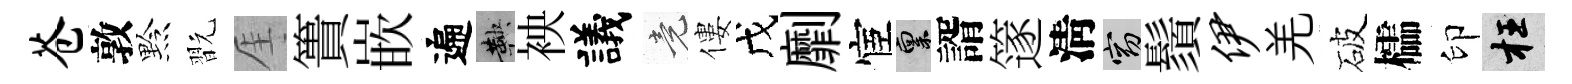
苍敦黔翫厓簣嵌遍鞅䘧議竟僂戊劘宦禀諝篴淸窈鬚伊羌破櫺印枉